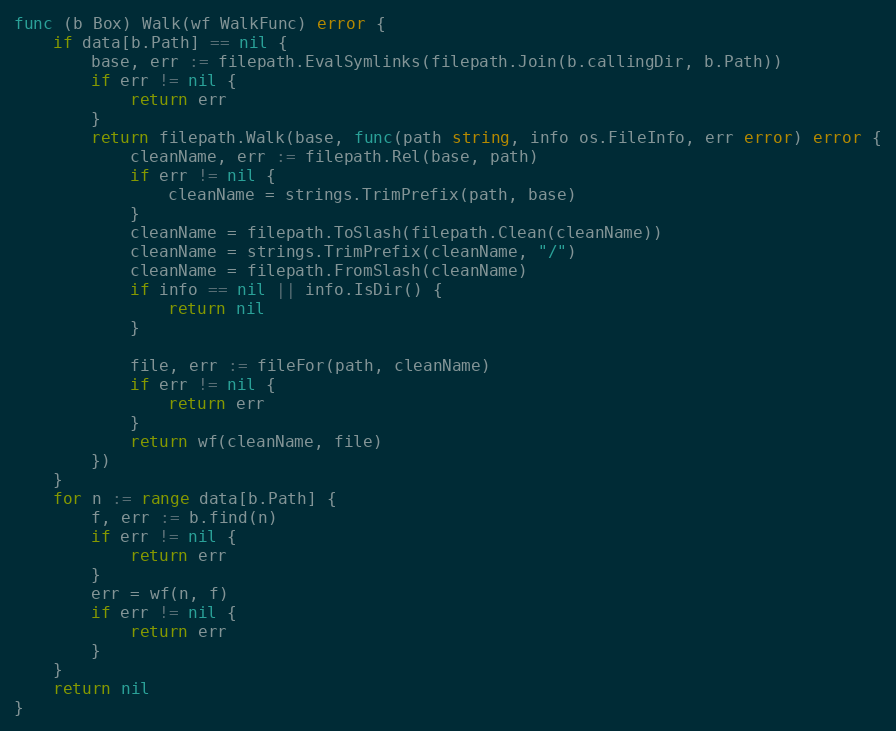
Language: Go
func (b Box) Walk(wf WalkFunc) error {
	if data[b.Path] == nil {
		base, err := filepath.EvalSymlinks(filepath.Join(b.callingDir, b.Path))
		if err != nil {
			return err
		}
		return filepath.Walk(base, func(path string, info os.FileInfo, err error) error {
			cleanName, err := filepath.Rel(base, path)
			if err != nil {
				cleanName = strings.TrimPrefix(path, base)
			}
			cleanName = filepath.ToSlash(filepath.Clean(cleanName))
			cleanName = strings.TrimPrefix(cleanName, "/")
			cleanName = filepath.FromSlash(cleanName)
			if info == nil || info.IsDir() {
				return nil
			}

			file, err := fileFor(path, cleanName)
			if err != nil {
				return err
			}
			return wf(cleanName, file)
		})
	}
	for n := range data[b.Path] {
		f, err := b.find(n)
		if err != nil {
			return err
		}
		err = wf(n, f)
		if err != nil {
			return err
		}
	}
	return nil
}